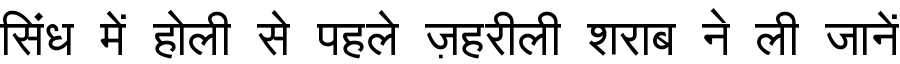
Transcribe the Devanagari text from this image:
सिंध में होली से पहले ज़हरीली शराब ने ली जानें